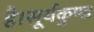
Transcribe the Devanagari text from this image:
है।सूर्यकुण्ड